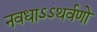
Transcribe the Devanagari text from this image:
नवधाऽऽथर्वणो